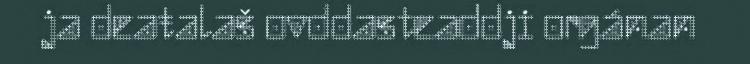
ja deaŧalaš ovddasteaddji orgánan